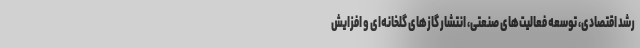
رشد اقتصادی، توسعه فعالیت‌های صنعتی، انتشار گازهای گلخانه‌ای و افزایش